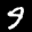
Label: 9